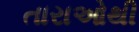
તારાઓથી